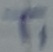
Text: T1